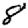
Digit: 8